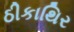
ઠીકાથિર